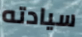
سيادته